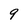
Character: 9